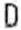
D